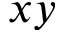
x y